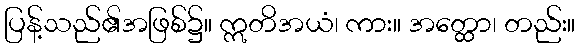
ပြန့်သည်၏အဖြစ်၌။ ဣတိအယံ၊ ကား။ အတ္ထော၊ တည်း။